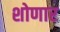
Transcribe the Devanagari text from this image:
शोणार